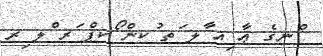
ްނގެ ޢާ ިއ ާލ ަތ ުކން ޯކޕް ަރ ްލ ިރ